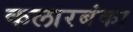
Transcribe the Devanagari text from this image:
कलारबंका